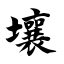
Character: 壤